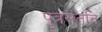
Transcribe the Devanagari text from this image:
पुत्रसंतति